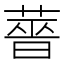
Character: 𬝶